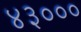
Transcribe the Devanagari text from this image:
४३०००